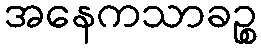
အနေကသာခဉ္စ